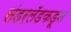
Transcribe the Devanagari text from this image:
संडरलँडकडून